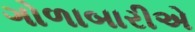
ગોળાબારીએ